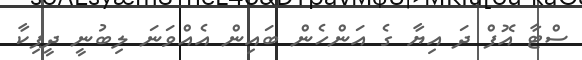
ސްޓާ އޮފް ދަ އިޔާ ގެ އަންހެން ބައިން އެއްވަނަ ލިބުނީ ދީޕިކާ